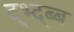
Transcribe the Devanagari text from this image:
द्भ्द्ब्ब